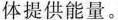
体提供能量。